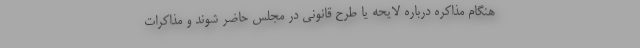
هنگام مذاکره درباره لایحه یا طرح قانونی در مجلس حاضر شوند و مذاکرات